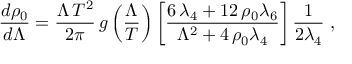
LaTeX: \frac { d \rho _ { 0 } } { d \Lambda } = \frac { \Lambda \, T ^ { 2 } } { 2 \pi } \, g \left( \frac { \Lambda } { T } \right) \left[ { \frac { 6 \, \lambda _ { { 4 } } + 1 2 \, \rho _ { { 0 } } \lambda _ { { 6 } } } { { \Lambda } ^ { 2 } + 4 \, \rho _ { { 0 } } \lambda _ { { 4 } } } } \right] \frac { 1 } { 2 \lambda _ { 4 } } \; ,